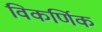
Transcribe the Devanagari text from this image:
विकर्णिक